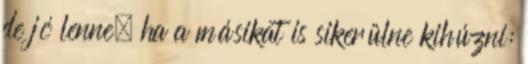
de jó lenne, ha a másikat is sikerülne kihúzni: